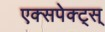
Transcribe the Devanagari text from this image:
एक्सपेक्ट्स्